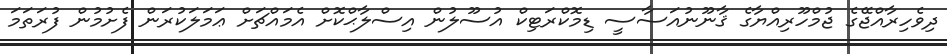
ދިވެހިރާއްޖޭގެ ޖުމްހޫރިއްޔާގެ ޤާނޫނުއަސާސީ ޑިމޮކްރަޓިކް އުސޫލުން އިސްލާޙްކޮށް އެމައްޗަށް ޢަމަލަކުރަން ފެށުމުން ފުރަތަމަ